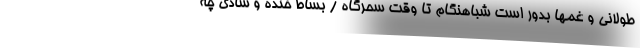
طولانی و غمها بدور است شباهنگام تا وقت سحرگاه / بساط خنده و شادی چه